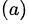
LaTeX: ^{(a)}